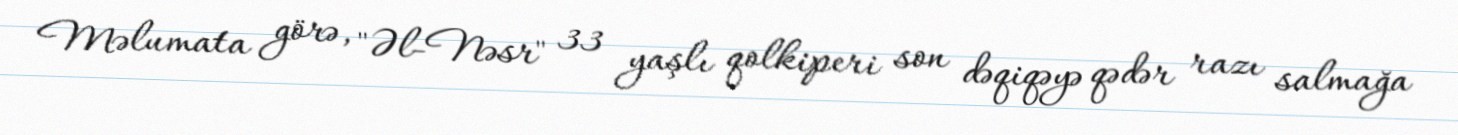
Məlumata görə, "Əl-Nəsr" 33 yaşlı qolkiperi son dəqiqəyə qədər razı salmağa